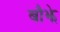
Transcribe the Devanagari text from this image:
बौझे